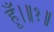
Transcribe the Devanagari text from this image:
हूँ।॥१॥